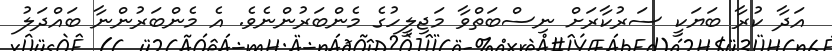
އަދާ ކުރާ ބަޔަކީ ސަރުކާރަށް ނިސްބަތްވާ މަޖިލީހުގެ މެންބަރުންނެވެ. އެ މެންބަރުންނާ ބައްދަލު